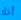
أنك